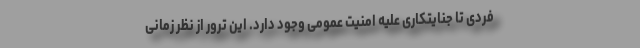
فردی تا جنایتکاری علیه امنیت عمومی وجود دارد. این ترور از نظر زمانی